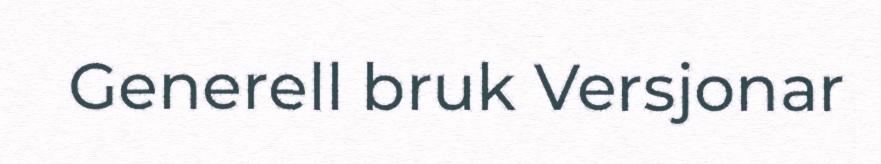
Generell bruk Versjonar